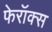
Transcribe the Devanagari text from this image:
फेरॉक्स